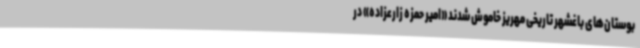
بوستان‌های باغشهر تاریخی مهریز خاموش شدند «امیر حمزه زارعزاده» در